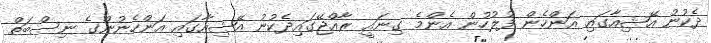
ދެކުނު އޭޝިއާގައި އަންހެން ފުލުހުން އެންމެ ގިނައީ ރާއްޖޭގައިދެކުނު އޭޝިއާގައި އަންހެނުންގެ ނިސްބަތް